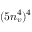
( 5 n _ { v } ^ { 4 } ) ^ { 4 }